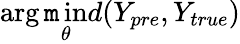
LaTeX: \arg\operatorname*{\mathtt{m}in}_{\theta}d(Y_{pre},Y_{true})